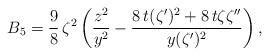
LaTeX: \begin{align*}B_{5}={\frac{9}{8}}\,{\zeta ^{2}\left( \frac{z^{2}}{y^{2}}-\frac{8\,t(\zeta ^{\prime })^{2} + 8\,t\zeta \zeta ^{\prime \prime }}{y(\zeta ^{\prime })^{2}}\right) ,}\end{align*}